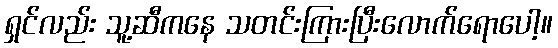
ရှင်လည်း သူ့ဆီကနေ သတင်းကြားပြီးလောက်ရောပေါ့။